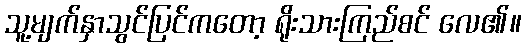
သူ့မျက်နှာသွင်ပြင်ကတော့ ရိုးသားကြည်စင် လေ၏။